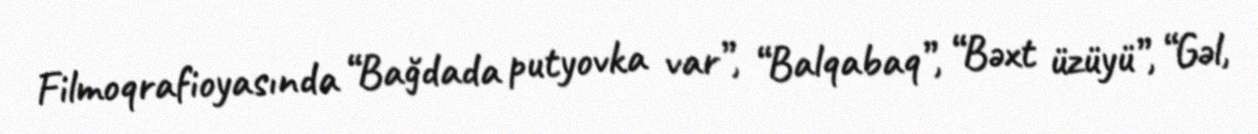
Filmoqrafioyasında “Bağdada putyovka var”, “Balqabaq”, “Bəxt üzüyü”, “Gəl,